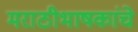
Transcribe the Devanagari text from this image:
मराठीभाषकांचे